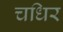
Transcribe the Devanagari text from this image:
चधिर